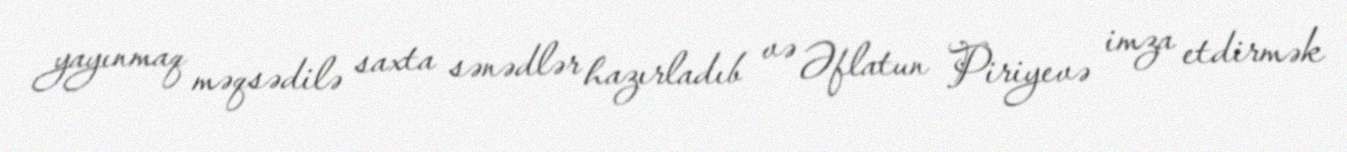
yayınmaq məqsədilə saxta sənədlər hazırladıb və Əflatun Piriyevə imza etdirmək